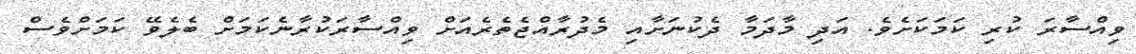
ވިއްސާރަ ކުރި ކަމަކަށެވެ. އަދި މާދަމާ ދެކުނަށާއި މެދުރާއްޖެތެރެއަށް ވިއްސާރަކުރާނެކަމަށް ބެލެވޭ ކަމަށްވެސް